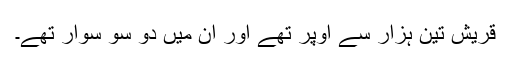
قریش تین ہزار سے اوپر تھے اور ان میں دو سو سوار تھے۔